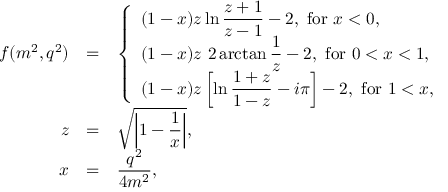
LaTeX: \begin{array} { r c l } { { f ( m ^ { 2 } , q ^ { 2 } ) } } & { { = } } & { { \displaystyle \left\{ \begin{array} { l } { { \displaystyle ( 1 - x ) z \ln \frac { z + 1 } { z - 1 } - 2 , \mathrm { ~ f o r ~ } x < 0 , } } \\ { { \displaystyle ( 1 - x ) z ~ 2 \arctan \frac { 1 } { z } - 2 , \mathrm { ~ f o r ~ } 0 < x < 1 , } } \\ { { \displaystyle ( 1 - x ) z \left[ \ln \frac { 1 + z } { 1 - z } - i \pi \right] - 2 , \mathrm { ~ f o r ~ } 1 < x , } } \end{array} \right. } } \\ { { z } } & { { = } } & { { \displaystyle \sqrt { \left| 1 - \frac { 1 } { x } \right| } , } } \\ { { x } } & { { = } } & { { \displaystyle \frac { q ^ { 2 } } { 4 m ^ { 2 } } , } } \end{array}